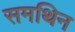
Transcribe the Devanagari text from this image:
समथिन